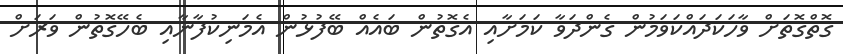
ގޮތްގޮތަށް ވާހަކަދައްކަވަމުން ގެންދަވާ ކަމަށާއި އެގޮތުން ބައެއް ބޭފުޅުން އެމަނިކުފާނާއި ބެހޭގޮތުން ވަރަށް